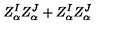
Z _ { \alpha } ^ { I } Z _ { \alpha } ^ { J } + Z _ { \alpha } ^ { I } Z _ { \alpha } ^ { J }